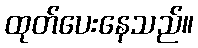
ထုတ်ပေးနေသည်။